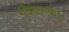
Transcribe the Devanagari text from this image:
जितवाया।